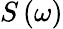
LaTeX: S\left(\omega\right)